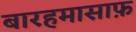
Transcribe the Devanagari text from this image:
बारहमासाफ़